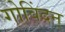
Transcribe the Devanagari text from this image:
गोविंदन्